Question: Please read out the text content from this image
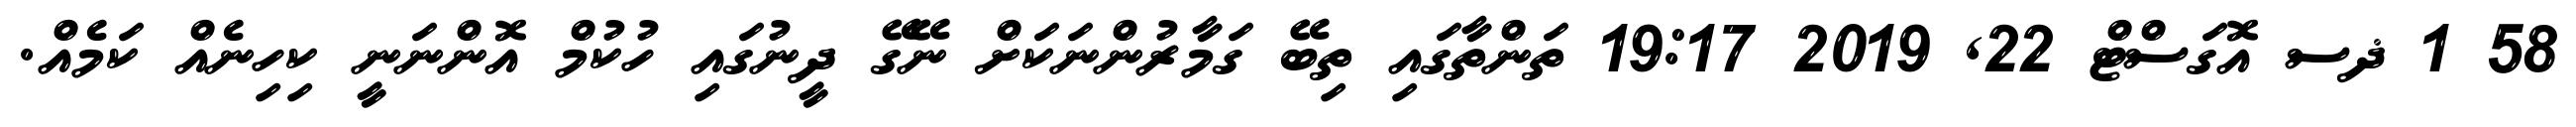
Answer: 58 1 ޛސ އޮގަސްޓް 22, 2019 19:17 ތަންތާގައި ތިބޭ ގަމާރުންނަކަށް ނޭގޭ ދީނުގައި ހުކުމް އޮންނަނީ ކިހިނެއް ކަމެއް.